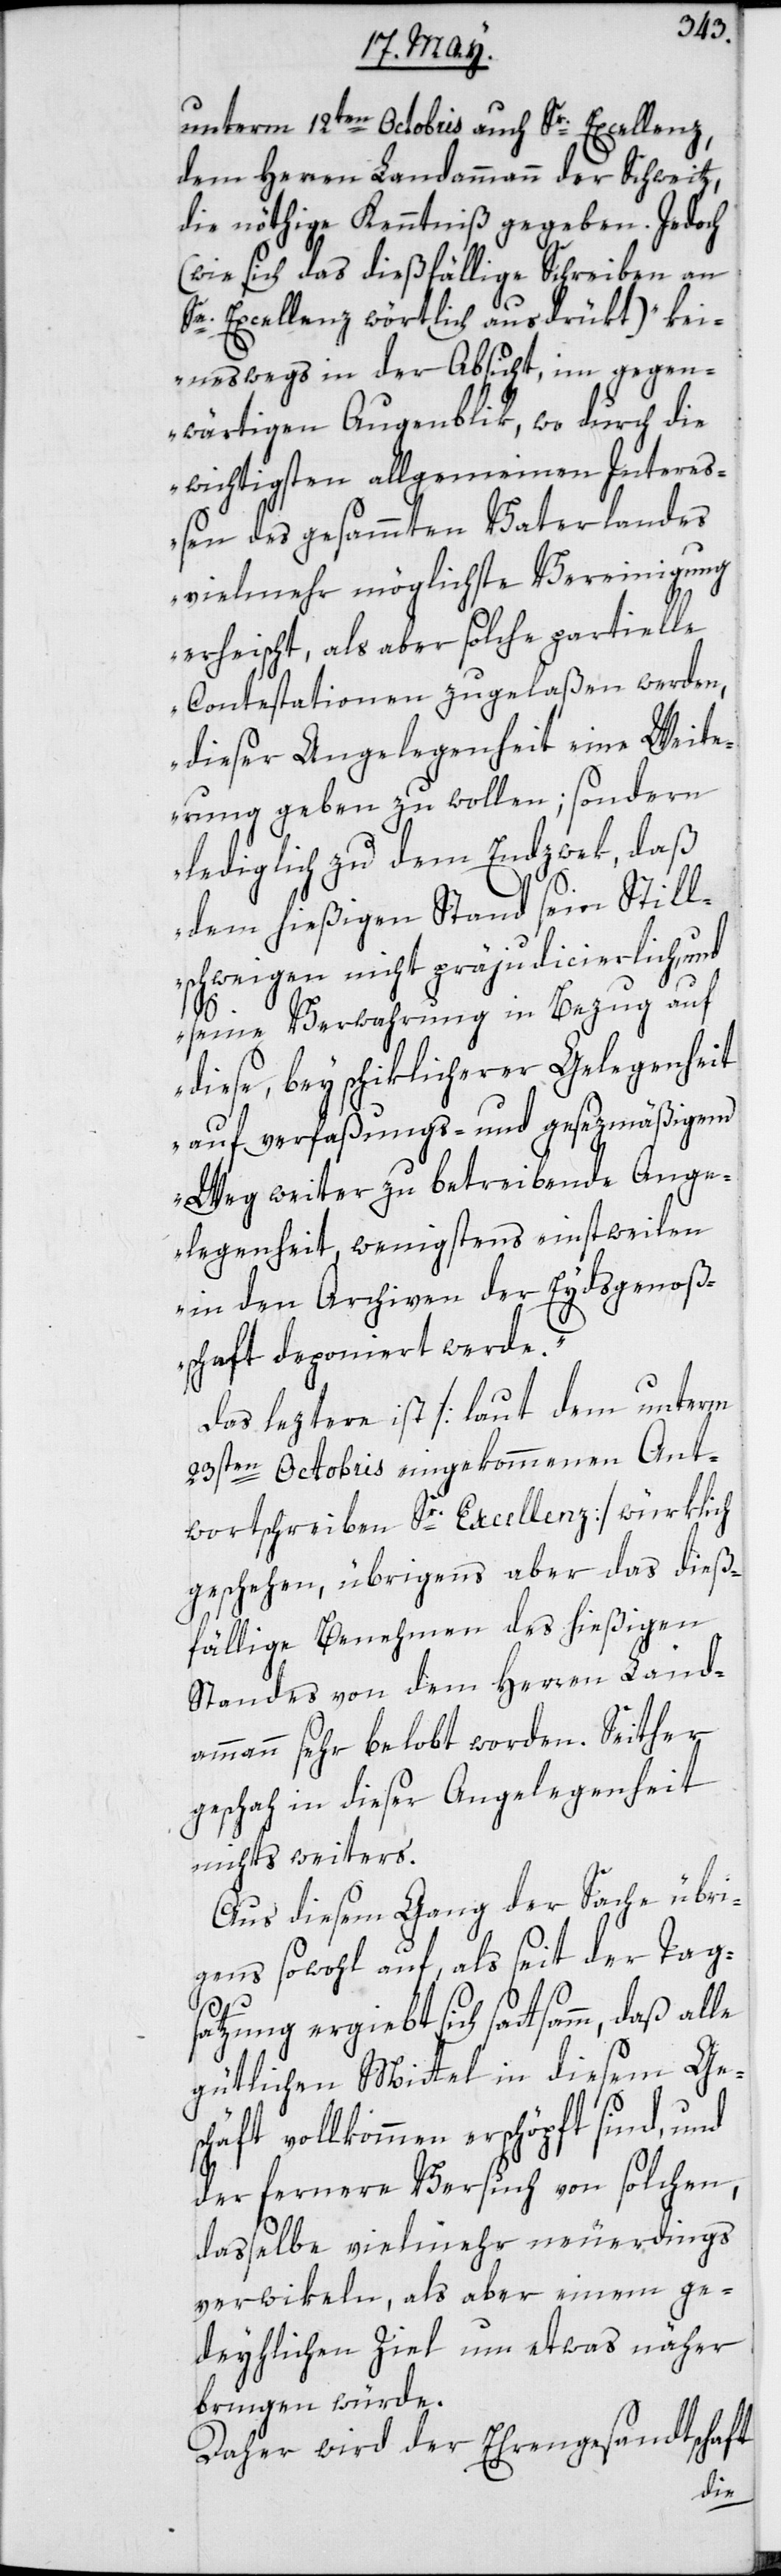
unterm 12ten Octobris auch Sr. Excellenz,
dem Herren Landammann der Schweitz,
die nöthige Kenntniß gegeben. Jedoch
(wie sich das dießfällige Schreiben an
Se. Excellenz wörtlich ausdrükt) „kei¬
neswegs in der Absicht im gegen¬
wärtigen Augenblik, wo durch die
wichtigsten allgemeinen Intere¬
ßen des gesammten Vaterlandes
vielmehr möglichste Vereinigung
erheischt, als aber solche partielle
Contestationen zugelaßen werden,
dieser Angelegenheit eine Weite¬
rung geben zu wollen; sondern
lediglich zu dem Endzwek, daß
dem hießigen Stand sein Still¬
schweigen nicht präjudicierlich, und
seine Verwahrung in Bezug auf
diese, bey schiklicherer Gelegenheit
auf verfaßungs- und gesezmäßigem
Weg weiter zu betreibende Ange¬
legenheit, wenigstens einstweilen
in den Archiven der Eydsgenoß¬
schaft deponiert werde“.
Das letztere ist [laut dem unterm
23sten Octobris eingekommenen Ant¬
wortschreiben Sr. Excellenz] würklich
geschehen, übrigens aber das dieß¬
fällige Benehmen des hießigen
Standes von dem Herren Land¬
ammann sehr belobt worden. Seither
geschah in dieser Angelegenheit
nichts weiters.
Aus diesem Gang der Sache übri¬
gens sowohl auf, als seit der Tag¬
satzung ergiebt sich sattsam, daß alle
gütlichen Mittel in diesem Ge¬
schäft vollkommen erschöpft sind, und
der fernere Versuch von solchen,
dasselbe vielmehr neuerdings
verwikeln, als aber einem ge¬
deyhlichen Ziel um etwas näher
bringen würde.
Daher wird der Ehrengesandtschaft